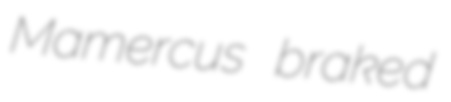
Mamercus braked